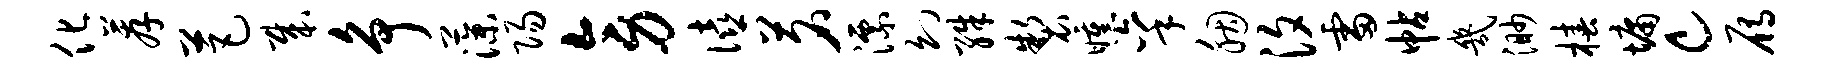
化荐芭哉争藻阳旁僖茗漂幻殊制曛秉胭汐雷帖几渺椿墉c雁